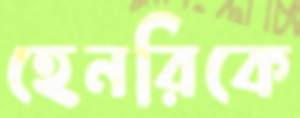
হেনরিকে